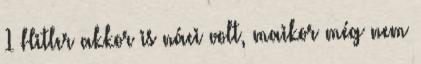
1 Hitler akkor is náci volt, maikor még nem